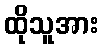
ထိုသူအား